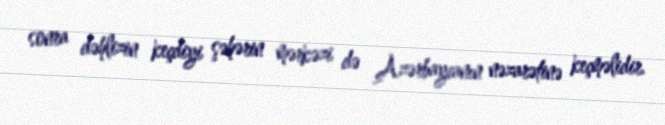
sonra dəhlizin keçdiyi şəhərin mərkəzi də Azərbaycanın nəzarətinə keçməlidir.